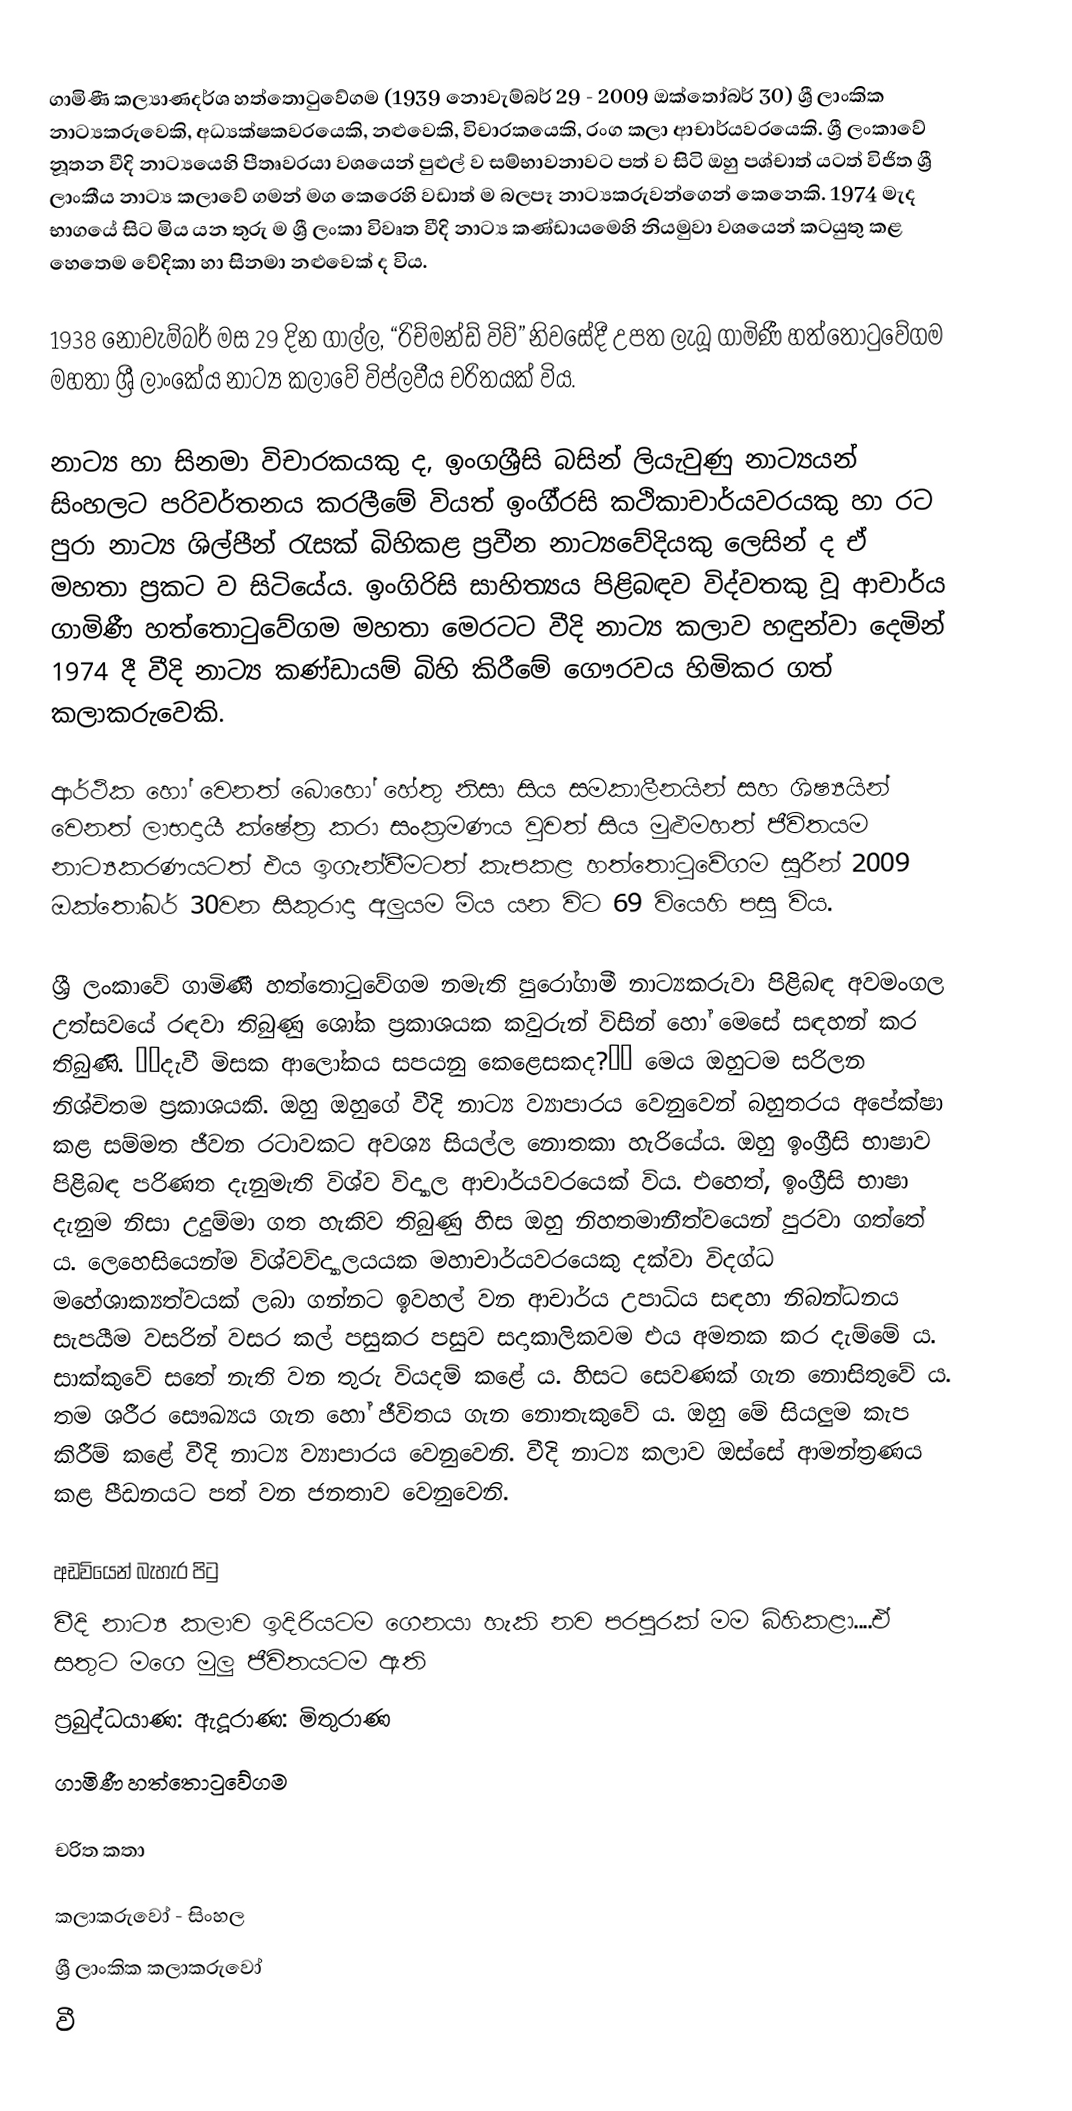
ගාමිණී කල්‍යාණදර්ශ හත්තොටුවේගම (1939 නොවැම්බර් 29 - 2009 ඔක්තෝබර් 30) ශ්‍රී ලාංකික නාට්‍යකරුවෙකි, අධ්‍යක්ෂකවරයෙකි, නළුවෙකි, විචාරකයෙකි, රංග කලා ආචාර්යවරයෙකි. ශ්‍රී ලංකාවේ නූතන වීදි නාට්‍යයෙහි පීතෘවරයා වශයෙන් පුළුල් ව සම්භාවනාවට පත් ව සිටි ඔහු පශ්චාත් යටත් විජිත ශ්‍රී ලාංකීය නාට්‍ය කලාවේ ගමන් මග කෙරෙහි වඩාත් ම බලපෑ නාට්‍යකරුවන්ගෙන් කෙනෙකි. 1974 මැද භාගයේ සිට මිය යන තුරු ම ශ්‍රී ලංකා විවෘත වීදි නාට්‍ය කණ්ඩායමෙහි නියමුවා වශයෙන් කටයුතු කළ හෙතෙම වේදිකා හා සිනමා නළුවෙක් ද විය.

1938 නොවැම්බර් මස 29 දින ගාල්ල, “රිච්මන්ඩ් විව්” නිවසේදී උපත ලැබූ ගාමිණී හත්තොටුවේගම මහතා ශ්‍රී ලාංකේය නාට්‍ය කලාවේ විප්ලවීය චරිතයක් විය.

නාට්‍ය හා සිනමා විචාරකයකු ද, ඉංගශ්‍රීසි බසින් ලියැවුණු නාට්‍යයන් සිංහලට පරිවර්තනය කරලීමේ වියත් ඉංගී‍්‍රසි කථිකාචාර්යවරයකු හා රට පුරා නාට්‍ය ශිල්පීන් රැසක් බිහිකළ ප්‍රවීන නාට්‍යවේදියකු ලෙසින් ද ඒ මහතා ප්‍රකට ව සිටියේය. ඉංගිරිසි සාහිත්‍යය පිළිබඳව විද්වතකු වූ ආචාර්ය ගාමිණී හත්තොටුවේගම මහතා මෙරටට වීදි නාට්‍ය කලාව හඳුන්වා දෙමින් 1974 දී වීදි නාට්‍ය කණ්ඩායම් බිහි කිරීමේ ගෞරවය හිමිකර ගත් කලාකරුවෙකි.

ආර්ථික හෝ වෙනත් බොහෝ හේතු නිසා සිය සමකාලීනයින් සහ ශිෂ්‍යයින් වෙනත් ලාභදායී ක්ෂේත්‍ර කරා සංක්‍රමණය වුවත් සිය මුළුමහත් ජීවිතයම නාට්‍යකරණයටත් එය ඉගැන්වීමටත් කැපකළ හත්තොටුවේගම සූරීන් 2009 ඔක්‌තෝබර් 30වන සිකුරාදා අලුයම මිය යන විට 69 වියෙහි පසු විය.

ශ්‍රී ලංකාවේ ගාමිණී හත්තොටුවේගම නමැති පුරෝගාමී නාට්‍යකරුවා පිළිබඳ අවමංගල උත්සවයේ රඳවා තිබුණු ශෝක ප්‍රකාශයක කවුරුන් විසින් හෝ මෙසේ සඳහන් කර තිබුණි. ‛‛දැවී මිසක ආලෝකය සපයනු කෙළෙසකද?’’ මෙය ඔහුටම සරිලන නිශ්චිතම ප්‍රකාශයකි. ඔහු ඔහුගේ වීදි නාට්‍ය ව්‍යාපාරය වෙනුවෙන් බහුතරය අපේක්ෂා කළ සම්මත ජීවන රටාවකට අවශ්‍ය සියල්ල නොතකා හැරියේය. ඔහු ඉංග්‍රීසි භාෂාව පිළිබඳ පරිණත දැනුමැති විශ්ව විද්‍යාල ආචාර්යවරයෙක් විය. එහෙත්, ඉංග්‍රීසි භාෂා දැනුම නිසා උදුම්මා ගත හැකිව තිබුණු හිස ඔහු නිහතමානීත්වයෙන් පුරවා ගත්තේ ය. ලෙහෙසියෙන්ම විශ්වවිද්‍යාලයයක මහාචාර්යවරයෙකු දක්වා විදග්ධ මහේශාක්‍යත්වයක් ලබා ගන්නට ඉවහල් වන ආචාර්ය උපාධිය සඳහා නිබන්ධනය සැපයීම වසරින් වසර කල් පසුකර පසුව සදාකාලිකවම එය අමතක කර දැම්මේ ය. සාක්කුවේ සතේ නැති වන තුරු වියදම් කළේ ය. හිසට සෙවණක් ගැන නොසිතුවේ ය. තම ශරීර සෞඛ්‍යය ගැන හෝ ජීවිතය ගැන නොතැකුවේ ය. ඔහු මේ සියලුම කැප කිරීම් කළේ වීදි නාට්‍ය ව්‍යාපාරය වෙනුවෙනි. වීදි නාට්‍ය කලාව ඔස්සේ ආමන්ත්‍රණය කළ පීඩනයට පත් වන ජනතාව වෙනුවෙනි.

අඩවියෙන් බැහැර පිටු
  වීදි නාට්‍ය කලාව ඉදිරියටම ගෙනයා හැකි නව පරපුරක්‌ මම බිහිකළා....ඒ සතුට මගෙ මුලු ජීවිතයටම ඇති
  ප්‍රබුද්ධයාණ: ඇදූරාණ: මිතුරාණ
 ගාමිණී හත්තොටුවේගම

චරිත කතා

කලාකරුවෝ - සිංහල
ශ්‍රී ලාංකික කලාකරුවෝ
වී